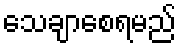
သေချာစေရမည်